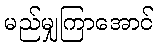
မည်မျှကြာအောင်